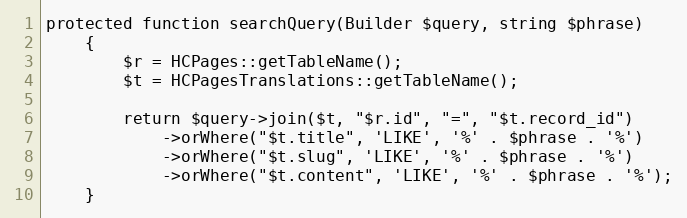
Language: PHP
protected function searchQuery(Builder $query, string $phrase)
    {
        $r = HCPages::getTableName();
        $t = HCPagesTranslations::getTableName();

        return $query->join($t, "$r.id", "=", "$t.record_id")
            ->orWhere("$t.title", 'LIKE', '%' . $phrase . '%')
            ->orWhere("$t.slug", 'LIKE', '%' . $phrase . '%')
            ->orWhere("$t.content", 'LIKE', '%' . $phrase . '%');
    }